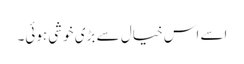
اسے اس خیال سے بڑی خوشی ہوئی۔